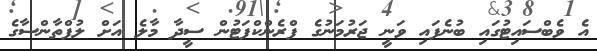
އެ ވެބްސައިޓުގައި ބުނެފައި ވަނީ ޖަރުމަނުގެ ފްރެންކްފަޓުން ސީދާ މާލެ އަށް ލުފްތާންސާގެ